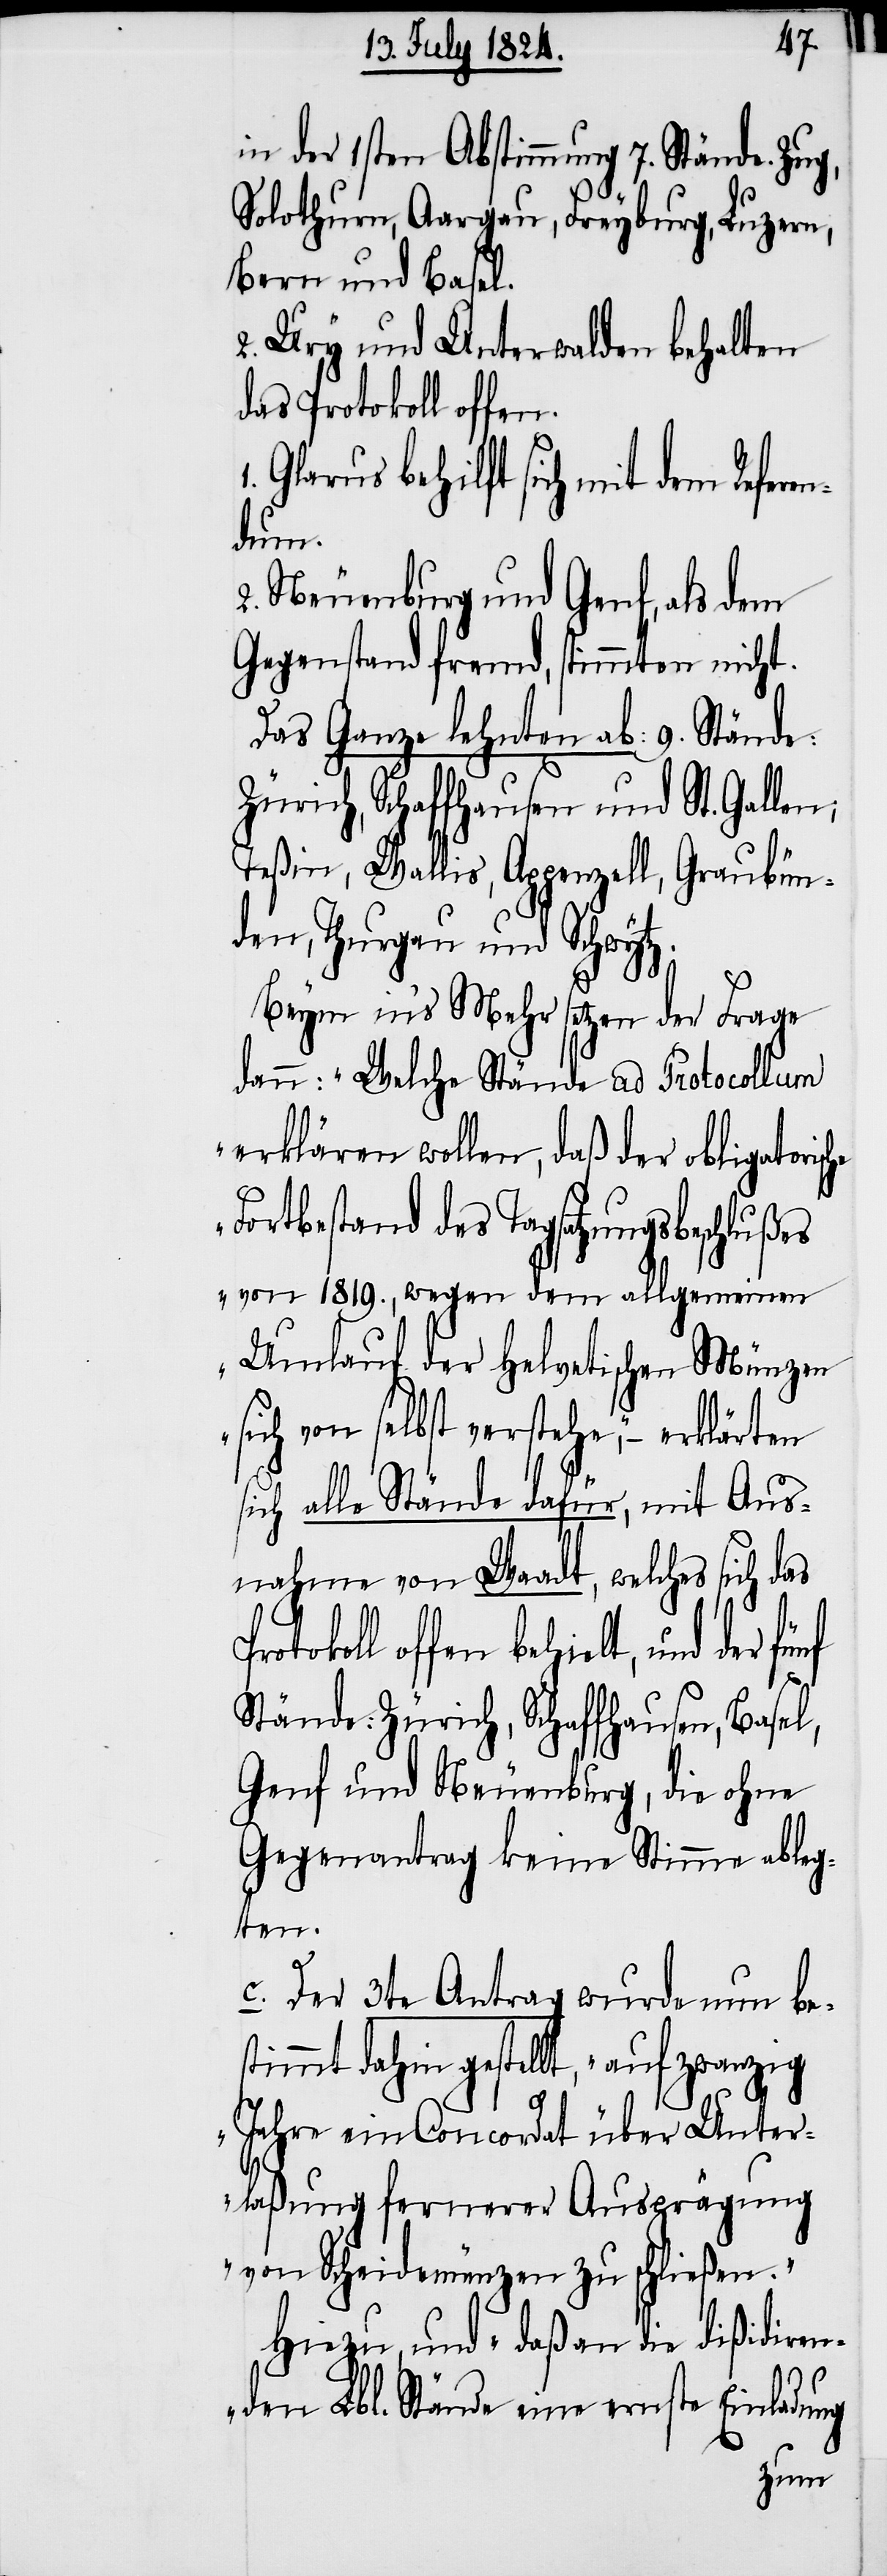
in der 1sten Abstimmung 7. Stände. Zug,
Solothurn, Aargau, Freyburg, Luzern,
Bern und Basel.
2. Ury und Unterwalden behalten
das Protokoll offen.
Glarus behilft sich mit dem Refere¬
ndum.
2. Neuenburg und Genf, als dem
Gegenstand fremd, stimmten nicht.
Das Ganze lehnten ab: 9. Stände:
Zürich, Schaffhausen und St. Gallen;
Teßin, Wallis, Appenzell, Graubün¬
den, Thurgau und Schwytz.
s¬
Beym in’s Mehr setzen der Frage
dann: „Welche Stände ad Protocollum
erklären wollen, daß der obligatorisc¬
Fortbestand des Tagsatzungsbeschlußes
von 1819., wegen dem allgemeinen
Umlauf der Helvetischen Münzen
ich von selbst verstehe,“ – erklä¬
sich alle Stände dafür, mit Aus¬
nahme von Waadt, welches sich das
offen behielt, und der fünf
Stände: Zürich, Schaffhausen, Basel,
Genf und Neuenburg, die ohne
Gegenantrag keine Stimme able¬
gten.
c. Der 3te Antrag wurde nun be¬
stimmt dahin gestellt, „auf zwanzig
Jahre ein Concordat über Unter¬
laßung fernerer Ausprägung
von Scheidemünzen zu schließen.“
Hiezu, und „daß an die dißidiren¬
den Lbl. Stände eine ernste Einladung